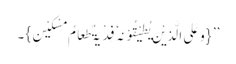
’’ {وَعَلَی الَّذِیْنَ یُطِیْقُوْنَہٗ فِدْیَۃٌ طَعَامُ مِسْکِیْنٍ}۔